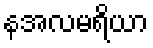
နအလမရိယာ